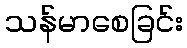
သန်မာစေခြင်း